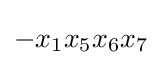
-x_{1}x_{5}x_{6}x_{7}